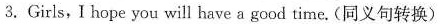
3.Girls,I hope you will have a good time. (同义句转换)